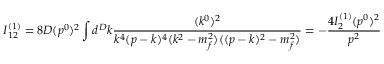
I _ { 1 2 } ^ { ( 1 ) } = 8 D ( p ^ { 0 } ) ^ { 2 } \int d ^ { D } k \frac { ( k ^ { 0 } ) ^ { 2 } } { k ^ { 4 } ( p - k ) ^ { 4 } ( k ^ { 2 } - m _ { f } ^ { 2 } ) ( ( p - k ) ^ { 2 } - m _ { f } ^ { 2 } ) } = - \frac { 4 I _ { 2 } ^ { ( 1 ) } ( p ^ { 0 } ) ^ { 2 } } { p ^ { 2 } }